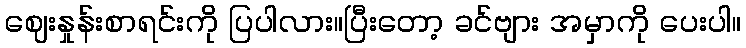
ဈေးနှုန်းစာရင်းကို ပြပါလား။ပြီးတော့ ခင်ဗျား အမှာကို ပေးပါ။